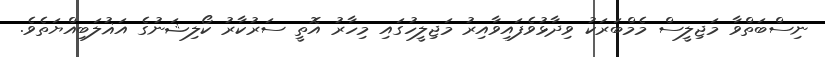
ނިސްބަތްވާ މަޖިލީސް މެމްބަރަކު ވިދާޅުވެފައިވާއިރު މަޖިލީހުގައި މިހާރު އޮތީ ސަރުކާރު ކޯލިޝަނުގެ އަޣުލަބިއްޔަތެެވެ.